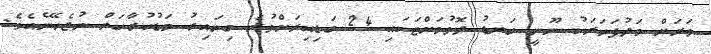
ވަރަށް މަދުފަހަރަކު ނޫނީ ބަނޑު ދޮވުމަށްޓަކައި 24 ގަޑިއިރަށްވުރެ ގިނައިރު މަޑުކުރާކަށް ނުޖެހޭނެއެވެ.